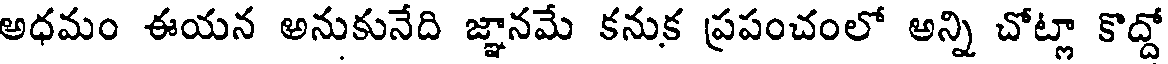
అధమం ఈయన అనుకునేది జ్ఞానమే కనుక ప్రపంచంలో అన్ని చోట్లా కొద్దో